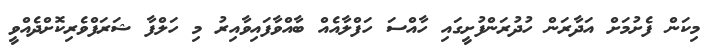
މިކަން ފެށުމަށް އަދާރަން ހުދުރަންފުށީގައި ހާއްސަ ހަފްލާއެއް ބާއްވާފައިވާއިރު މި ހަލްފާ ޝަރަފްވެރިކޮށްދެއްވީ